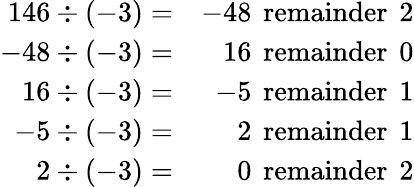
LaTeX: \begin{array}{rr}{146\div(-3)=}&{-48~\operatorname{remainder}~2}\\ {-48\div(-3)=}&{16~\operatorname{remainder}~0}\\ {16\div(-3)=}&{-5~\operatorname{remainder}~1}\\ {-5\div(-3)=}&{2~\operatorname{remainder}~1}\\ {2\div(-3)=}&{0~\operatorname{remainder}~2}\end{array}